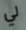
لي